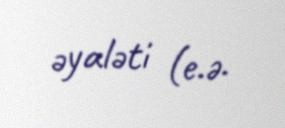
əyaləti (e.ə.